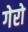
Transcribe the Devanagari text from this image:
गेरो